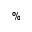
\%